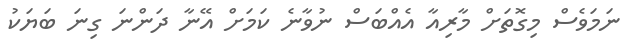
ނަމަވެސް މިގޮތަށް މާރިއާ އެއްބަސް ނުވާނެ ކަމަށް އޭނާ ދަންނަ ގިނަ ބަޔަކު